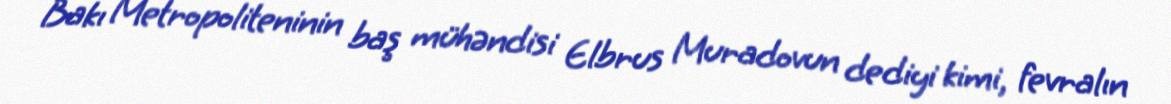
Bakı Metropoliteninin baş mühəndisi Elbrus Muradovun dediyi kimi, fevralın